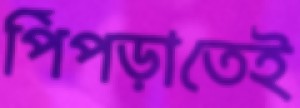
পিঁপড়াতেই